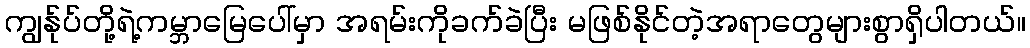
ကျွန်ုပ်တို့ရဲ့ကမ္ဘာမြေပေါ်မှာ အရမ်းကိုခက်ခဲပြီး မဖြစ်နိုင်တဲ့အရာတွေများစွာရှိပါတယ်။